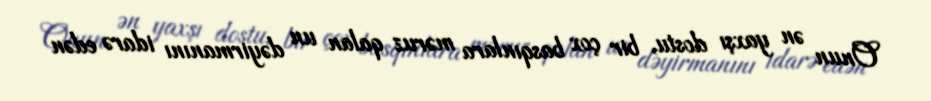
Onun ən yaxşı dostu, bir çox basqınlara məruz qalan un dəyirmanını idarə edən